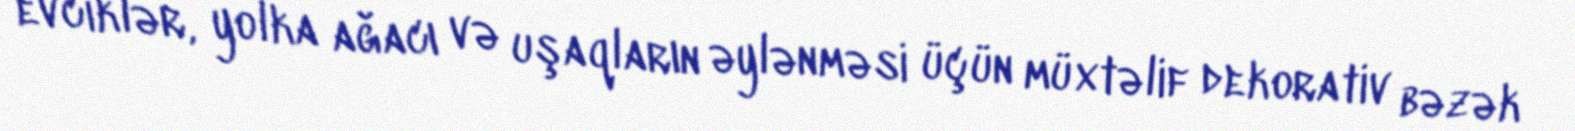
evciklər, yolka ağacı və uşaqların əylənməsi üçün müxtəlif dekorativ bəzək